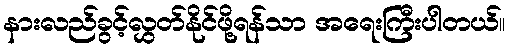
နားလည်ခွင့်လွှတ်နိုင်ဖို့ရန်သာ အရေးကြီးပါတယ်။